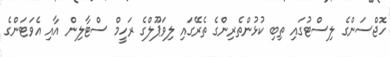
ހޮޖްސަންގެ ލިސްޓުގައި ތިބި ކުޅުންތެރިންގެ ތެރޭގައި ލިވަޕޫލްގެ ރަހީމް ސްޓާލިން އާއި އެވަޓަންގެ